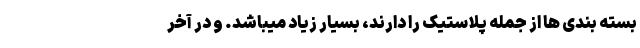
بسته بندی ها از جمله پلاستیک را دارند، بسیار زیاد میباشد. و در آخر